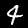
Label: 4